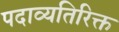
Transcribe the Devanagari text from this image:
पदाव्यतिरिक्त